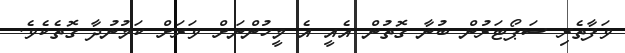
ވަފާތެރި ސަޕޯޓަރުން ބުނާ ގޮތުން އެއީ އެ މީހުންނަށް ވަރަށް ކަމުނުދާ ގޮތެކެވެ.